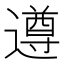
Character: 遵